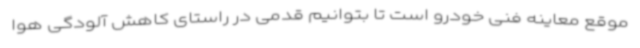
موقع معاینه فنی خودرو است تا بتوانیم قدمی در راستای کاهش آلودگی هوا